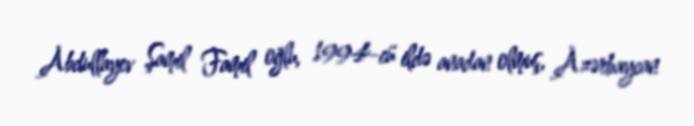
Abdullayev Şamil Famil oğlu, 1994-cü ildə anadan olmuş, Azərbaycan